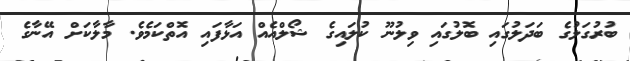
ބުރުގަލުގެ ބަދަލުގައި ބޮލުގައި ވިލުނޫ ކުލައިގެ ޝޯލްއެއް އަޅާފައި އޮތްކަމެވެ. މާލާކަށް އޭނާގެ